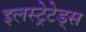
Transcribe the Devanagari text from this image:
इलस्ट्रेटेड्स